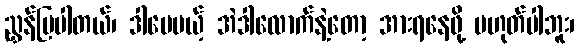
ညွှန်ပြပါတယ်၊ ဒါပေမယ့် အဲဒါလောက်နဲ့တော့ အားရနေဖို့ မဟုတ်ပါဘူး၊